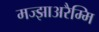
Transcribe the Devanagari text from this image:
मज्झाअरैम्मि